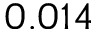
0 . 0 1 4